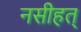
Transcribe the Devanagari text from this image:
नसीहत्